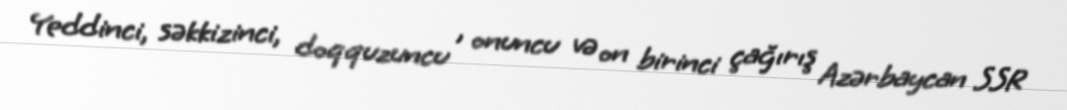
Yeddinci, səkkizinci, doqquzuncu , onuncu və on birinci çağırış Azərbaycan SSR